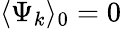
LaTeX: \langle\Psi_{k}\rangle_{0}=0